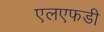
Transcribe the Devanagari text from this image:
एलएफडी